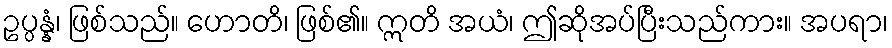
ဥပ္ပန္နံ၊ ဖြစ်သည်။ ဟောတိ၊ ဖြစ်၏။ ဣတိ အယံ၊ ဤဆိုအပ်ပြီးသည်ကား။ အပရာ၊